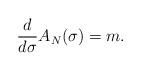
LaTeX: \begin{align*}\frac{d}{d\sigma} A_N( \sigma) = m.\end{align*}